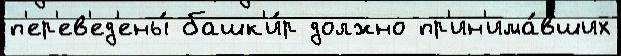
п'ер'ев'ед'ены́ башк'и́р должно пр'ин'има́вших